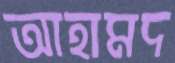
আহামদ